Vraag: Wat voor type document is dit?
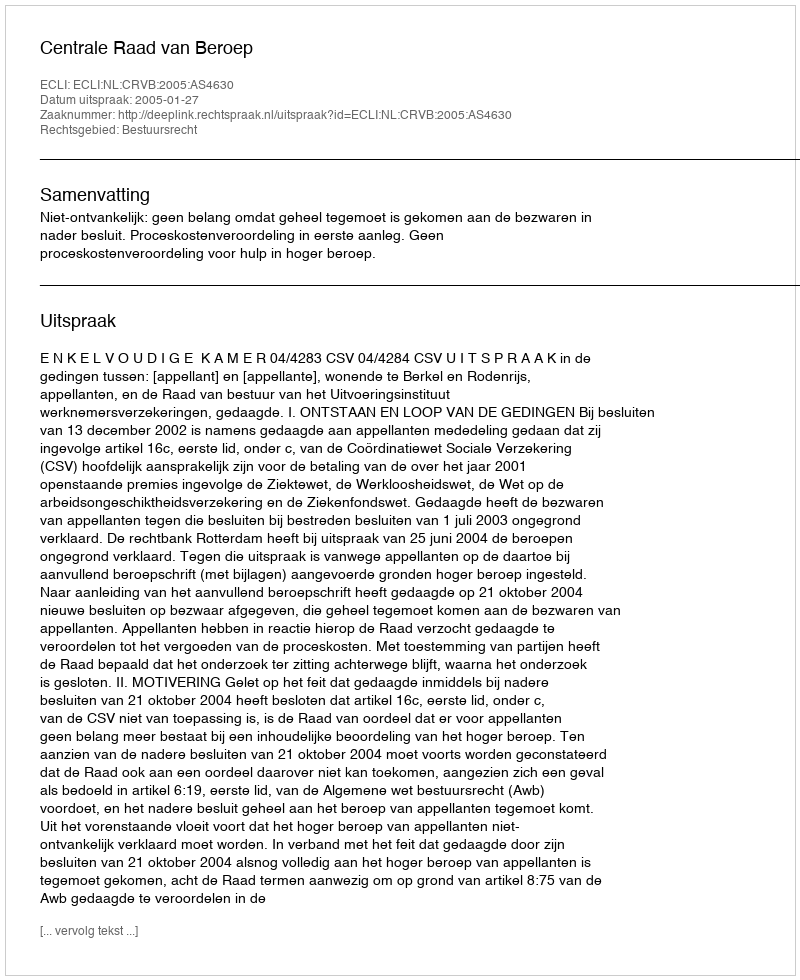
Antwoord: Uitspraak